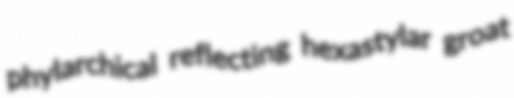
phylarchical reflecting hexastylar groat